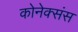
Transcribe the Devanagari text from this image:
कोनेक्संस